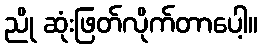
ညို ဆုံးဖြတ်လိုက်တာပေါ့။